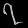
Digit: ၇